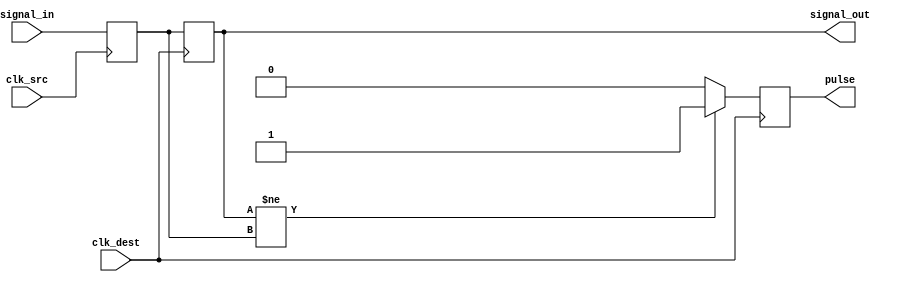
module pulsed_synchronizer (
    input wire clk_src,           // Source clock
    input wire clk_dest,          // Destination clock
    input wire signal_in,         // Signal to be synchronized
    output reg signal_out,        // Synchronized output signal
    output reg pulse              // Pulse signal indicating capture
);

    // Intermediate signal for the first flip-flop
    reg signal_stage1;

    // First Flip-Flop: samples the input signal on the rising edge of clk_src
    always @(posedge clk_src) begin
        signal_stage1 <= signal_in;
    end

    // Second Flip-Flop: samples the output of the first flip-flop on the rising edge of clk_dest
    always @(posedge clk_dest) begin
        signal_out <= signal_stage1;

        // Generate pulse when signal_out changes
        if (signal_out != signal_stage1) begin
            pulse <= 1'b1; // Set pulse high
        end else begin
            pulse <= 1'b0; // Reset pulse low
        end
    end

endmodule